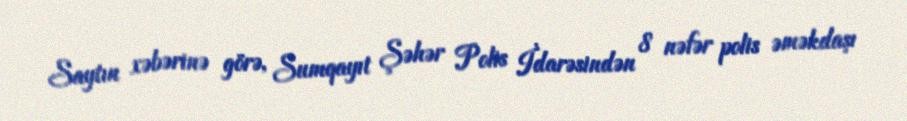
Saytın xəbərinə görə, Sumqayıt Şəhər Polis İdarəsindən 8 nəfər polis əməkdaşı